Vaccine operations Central Provinces & Berar 1912-1920 - 1912-1920
Year: 1912
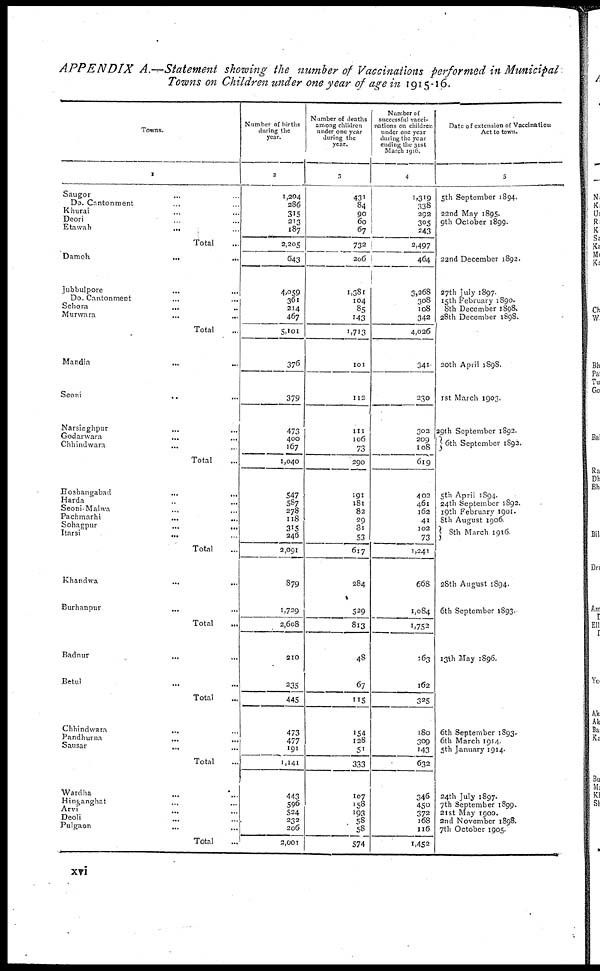
APPENDIX A.—Statement showing the number of Vaccinations performed in Municipal
Towns on Children under one year of age in 1915-16.
Towns.
1
Saugor... ...
Do. Cantonment... ...
Khurai... ...
Deori... ...
Etawah...
...
...
Total...
Damoh...
...
Jubbulpore... ...
Do. Cantonment... ...
Sehora...
...
Murwara...
...
Total...
Mandla...
...
Seoni...
...
Narsinghpur...
...
Godarwara...
...
Chhindwara... ...
Total...
Hoshangabad...
...
Harda... ...
Seoni-Malwa... ...
Pachmarhi...
...
Sohagpur...
...
Itarsi...
...
Total...
Khandwa...
...
Burhanpur... ...
Total...
Badnur... ...
Betul... ...
Total...
Chhindwara... ...
Pandhurna...
...
Sausar...
...
Total...
Wardha... ...
Hinganghat... ...
Arvi...
...
Deoli... ...
Pulgaon... ...
Total...
Number of births
during the
year.
2
1,204
286
315
213
187
2,205
643
4,059
361
214
467
5,101
376
379
473
400
167
1,040
547
587
278
118
315
246
2,091
879
1,729
2,608
210
235
445
473
477
191
1,141
443
596
524
232
206
2,001
Number of deaths
among children
under one year
during the
year.
3
431
84
90
60
67
732
206
1,381
104
85
143
1,713
101
112
111
106
73
290
191
181
82
29
81
53
617
284
529
813
48
67
115
154
128
51
333
107
158
193
58
58
574
Number of
successful vacci-
nations on children
under one year
during the year
ending the 31st
March 1916.
4
1,319
338
292
305
243
2,497
464
3,268
308
108
342
4,026
341
230
302
209
108
619
402
461
162
41
102
73
1,241
668
1,084
1,752
163
162
325
180
309
143
632
346
450
372
168
116
1,452
Date of extension of Vaccination
Act to town.
5
5th September 1894.
22nd May 1895.
9th October 1899.
22nd December 1892.
27th July 1897.
15th February 1890.
8th December 1898.
28th December 1898.
20th April 1898.
1st March 1903.
29th September 1892.
6th September 1892.
5th April 1894.
24th September 1892.
19th February 1901.
8th August 1906.
8th March 1916.
28th August 1894.
6th September 1893.
13th May 1896.
6th September 1893.
6th March 1914.
5th January 1914.
24th July 1897.
7th September 1899.
21st May 1900.
2nd November 1898.
7th October 1905.
xvi